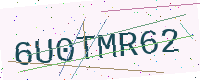
Text: 6U0TMR62